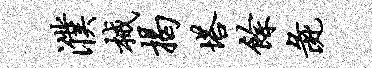
濮械揭塔余彘